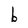
Character: b